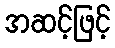
အဆင့်ဖြင့်